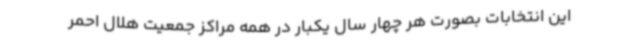
این انتخابات بصورت هر چهار سال یکبار در همه مراکز جمعیت هلال احمر